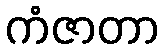
ကံဇာတာ